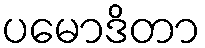
ပမောဒိတာ